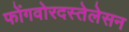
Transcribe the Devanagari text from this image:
फोंगवोरदस्तेलेसन